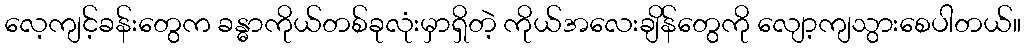
လေ့ကျင့်ခန်းတွေက ခန္ဓာကိုယ်တစ်ခုလုံးမှာရှိတဲ့ ကိုယ်အလေးချိန်တွေကို လျော့ကျသွားစေပါတယ်။